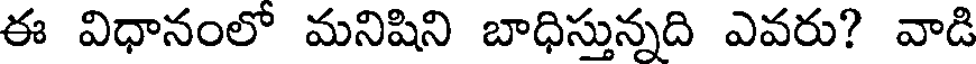
ఈ విధానంలో మనిషిని బాధిస్తున్నది ఎవరు? వాడి